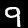
Label: 9